Vaccination North-Western Provinces and Oudh 1878-1895 - 1878-1895
Year: 1878
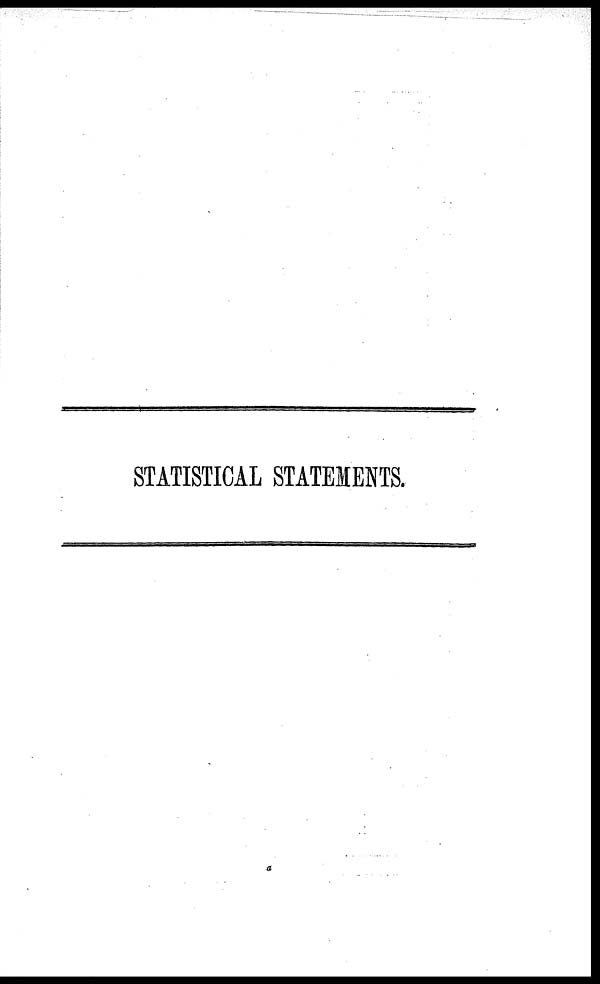
STATISTICAL STATEMENTS.